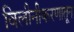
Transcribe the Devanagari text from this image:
विलीनीकरणातून